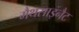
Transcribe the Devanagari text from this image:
मैथसाइनैट